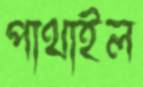
পাথাইল